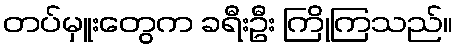
တပ်မှူးတွေက ခရီးဦး ကြိုကြသည်။